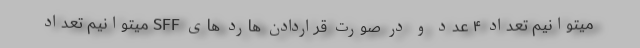
میتوانیم تعداد ۴ عدد و در صورت قراردادن هارد های SFF میتوانیم تعداد